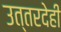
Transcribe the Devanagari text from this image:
उत्तरदेही